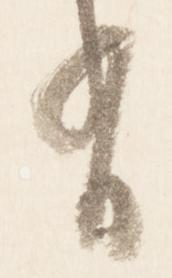
有